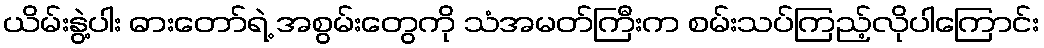
ယိမ်းနွဲ့ပါး ဓားတော်ရဲ့ အစွမ်းတွေကို သံအမတ်ကြီးက စမ်းသပ်ကြည့်လိုပါကြောင်း